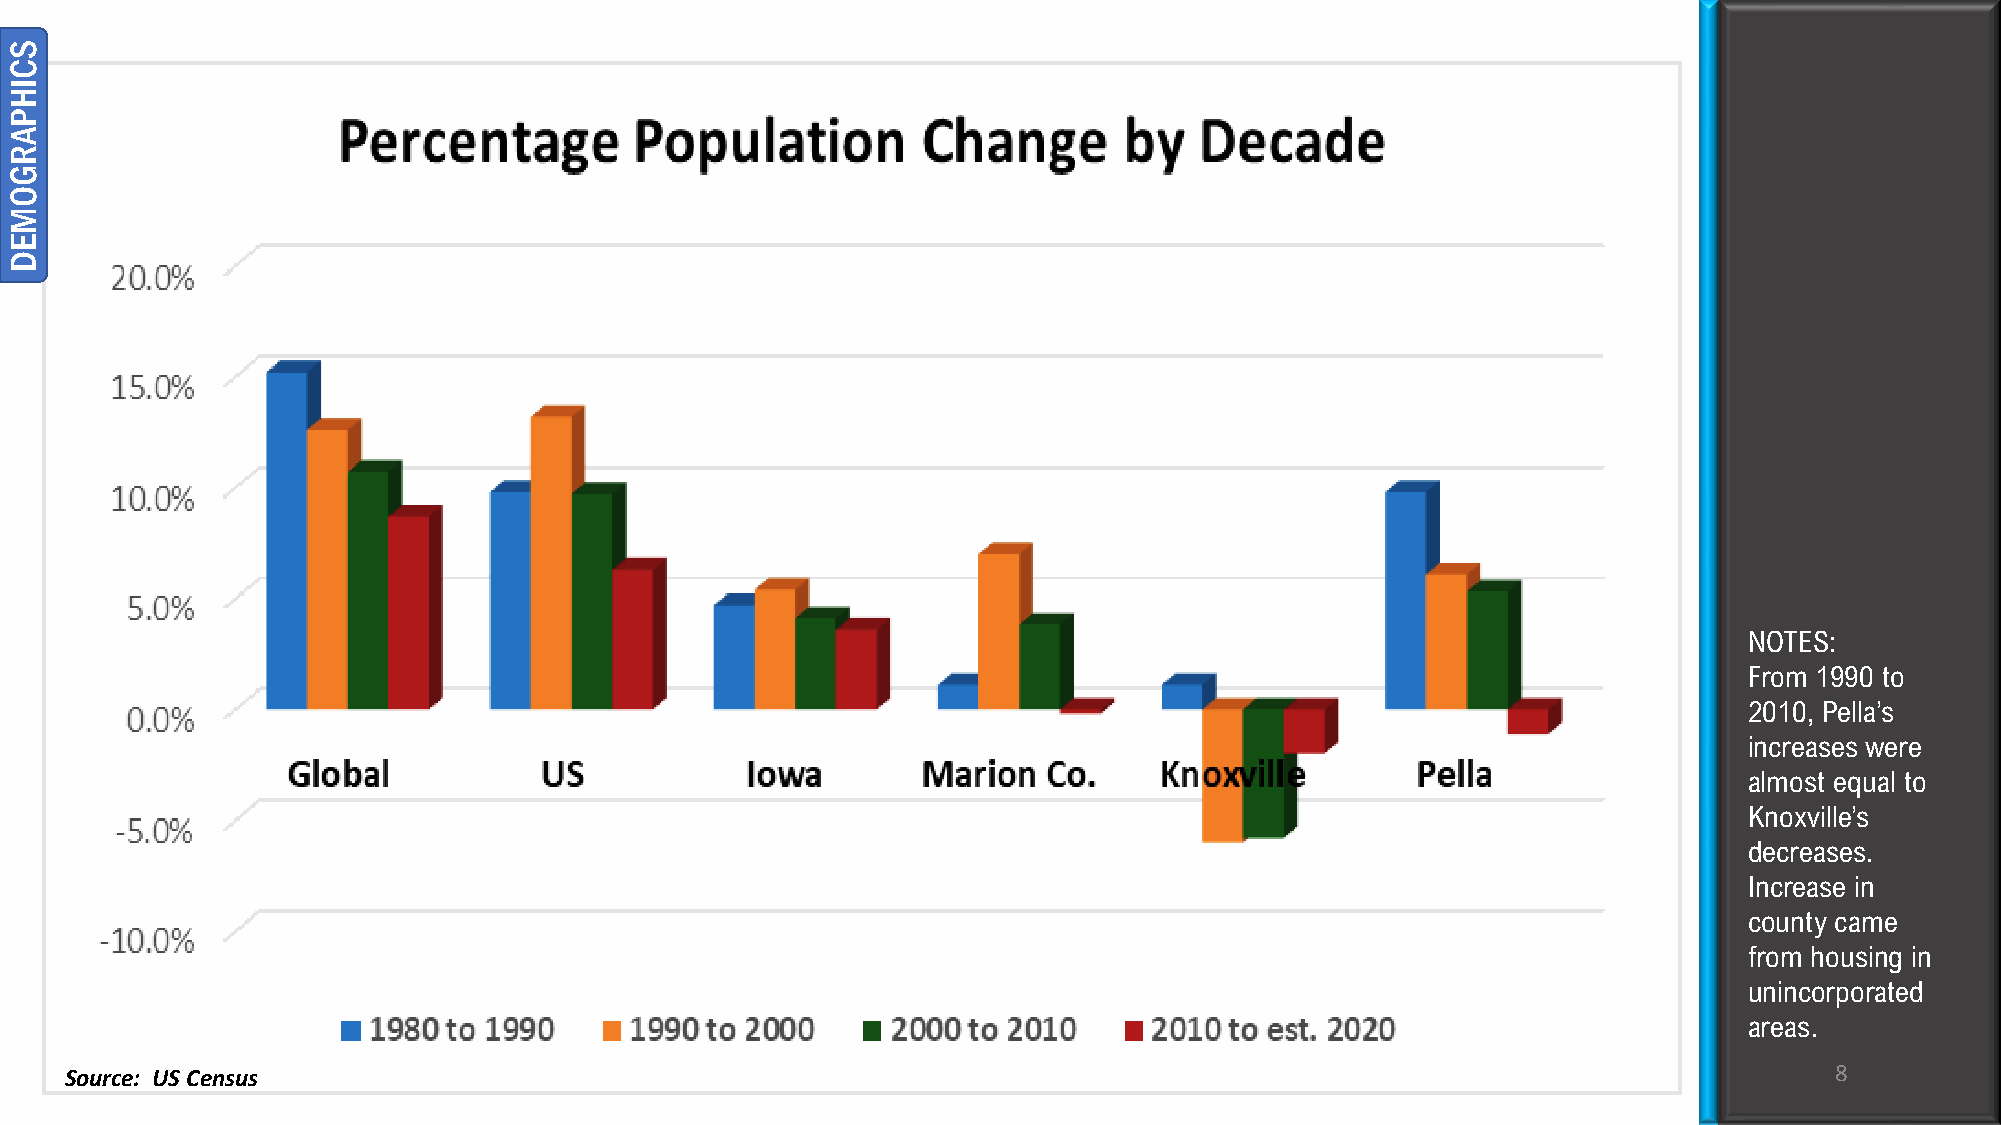
NOTES:
 From 1990 to
 2010, Pella’s
 increases were
 almost equal to
 Knoxville’s
 decreases.
 Increase in
 county came
 from housing in
 unincorporated
 areas.
 Source: US Census                                                                                                    8
 SCIHPARGOMED